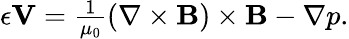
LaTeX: \begin{array}{r}{\epsilon{\mathbf V}=\frac{1}{\mu_{0}}\left(\nabla\times{\mathbf B}\right)\times{\mathbf B}-\nabla p.}\end{array}